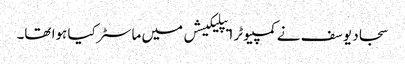
سجاد یوسف نے کمپیوٹر ایپلیکیشں میں ماسٹر کیا ہوا تھا۔